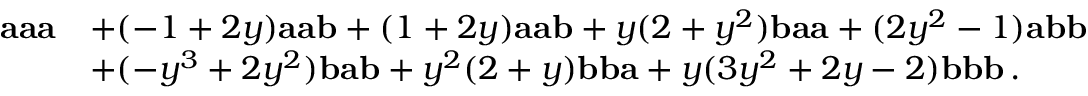
\begin{array} { r l } { \mathbf { a } \mathbf { a } \mathbf { a } } & { + ( - 1 + 2 y ) \mathbf { a } \mathbf { a } \mathbf { b } + ( 1 + 2 y ) \mathbf { a } \mathbf { a } \mathbf { b } + y ( 2 + y ^ { 2 } ) \mathbf { b } \mathbf { a } \mathbf { a } + ( 2 y ^ { 2 } - 1 ) \mathbf { a } \mathbf { b } \mathbf { b } } \\ & { + ( - y ^ { 3 } + 2 y ^ { 2 } ) \mathbf { b } \mathbf { a } \mathbf { b } + y ^ { 2 } ( 2 + y ) \mathbf { b } \mathbf { b } \mathbf { a } + y ( 3 y ^ { 2 } + 2 y - 2 ) \mathbf { b } \mathbf { b } \mathbf { b } \, . } \end{array}